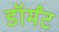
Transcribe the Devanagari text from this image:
डॉर्मंट